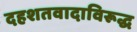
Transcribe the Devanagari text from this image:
दहशतवादाविरूद्ध